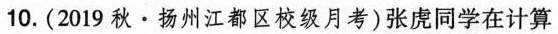
10.(2019秋 · 扬州江都区校级月考)张虎同学在计算